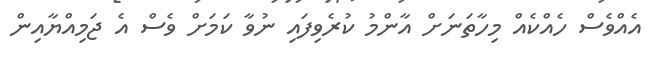
އެއްވެސް ހެއްކެއް މިހާތަނަށް އާންމު ކުރެވިފައި ނުވާ ކަމަށް ވެސް އެ ޖަމިއްޔާއިން